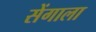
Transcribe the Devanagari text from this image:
सेंगाला